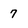
Character: 7